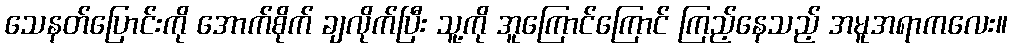
သေနတ်ပြောင်းကို အောက်စိုက် ချလိုက်ပြီး သူ့ကို အူကြောင်ကြောင် ကြည့်နေသည့် အမူအရာကလေး။